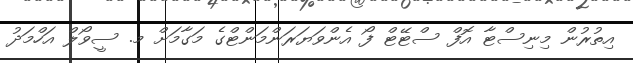
އިތުރުން މިނިސްޓާ އޮފް ސްޓޭޓް ފޯ އެންވަޔަރަންމަންޓްގެ މަގާމަށް މ. ސީވޯލް އަހްމަދު